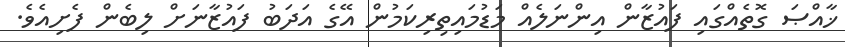
ޚާއްޞަ ގޮތެއްގައި ފައުޒާން އިންނަލެއް މަޑުމައިތިރިކަމުން އޭގެ އަދަބު ފައުޒާނަށް ލިބެން ފެށިއެވެ.